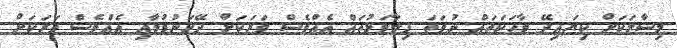
މިސާލަކަށް ކިޔައިދޭ ވާހަކަތައް ނުވަތަ ފިލާވަޅުތައް އެއްވެސް ވަރަކަށް ދޭހަނުވުމާއި އެއްވެސް ވަރަކަށް